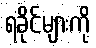
ရခိုင်များကို